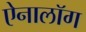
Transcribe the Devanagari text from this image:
ऐनालॉग